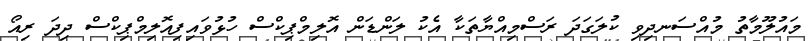
މައުލޫމާތު މުއްސަނދިވި ކުލަގަދަ ރަސްމިއްޔާތަކާ އެކު ލަންޑަން އޮލިމްޕިކްސް ހުޅުވައިފިއޮލިމްޕިކްސް ދިދަ ރިއޯ